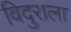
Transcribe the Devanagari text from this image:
विदुराला